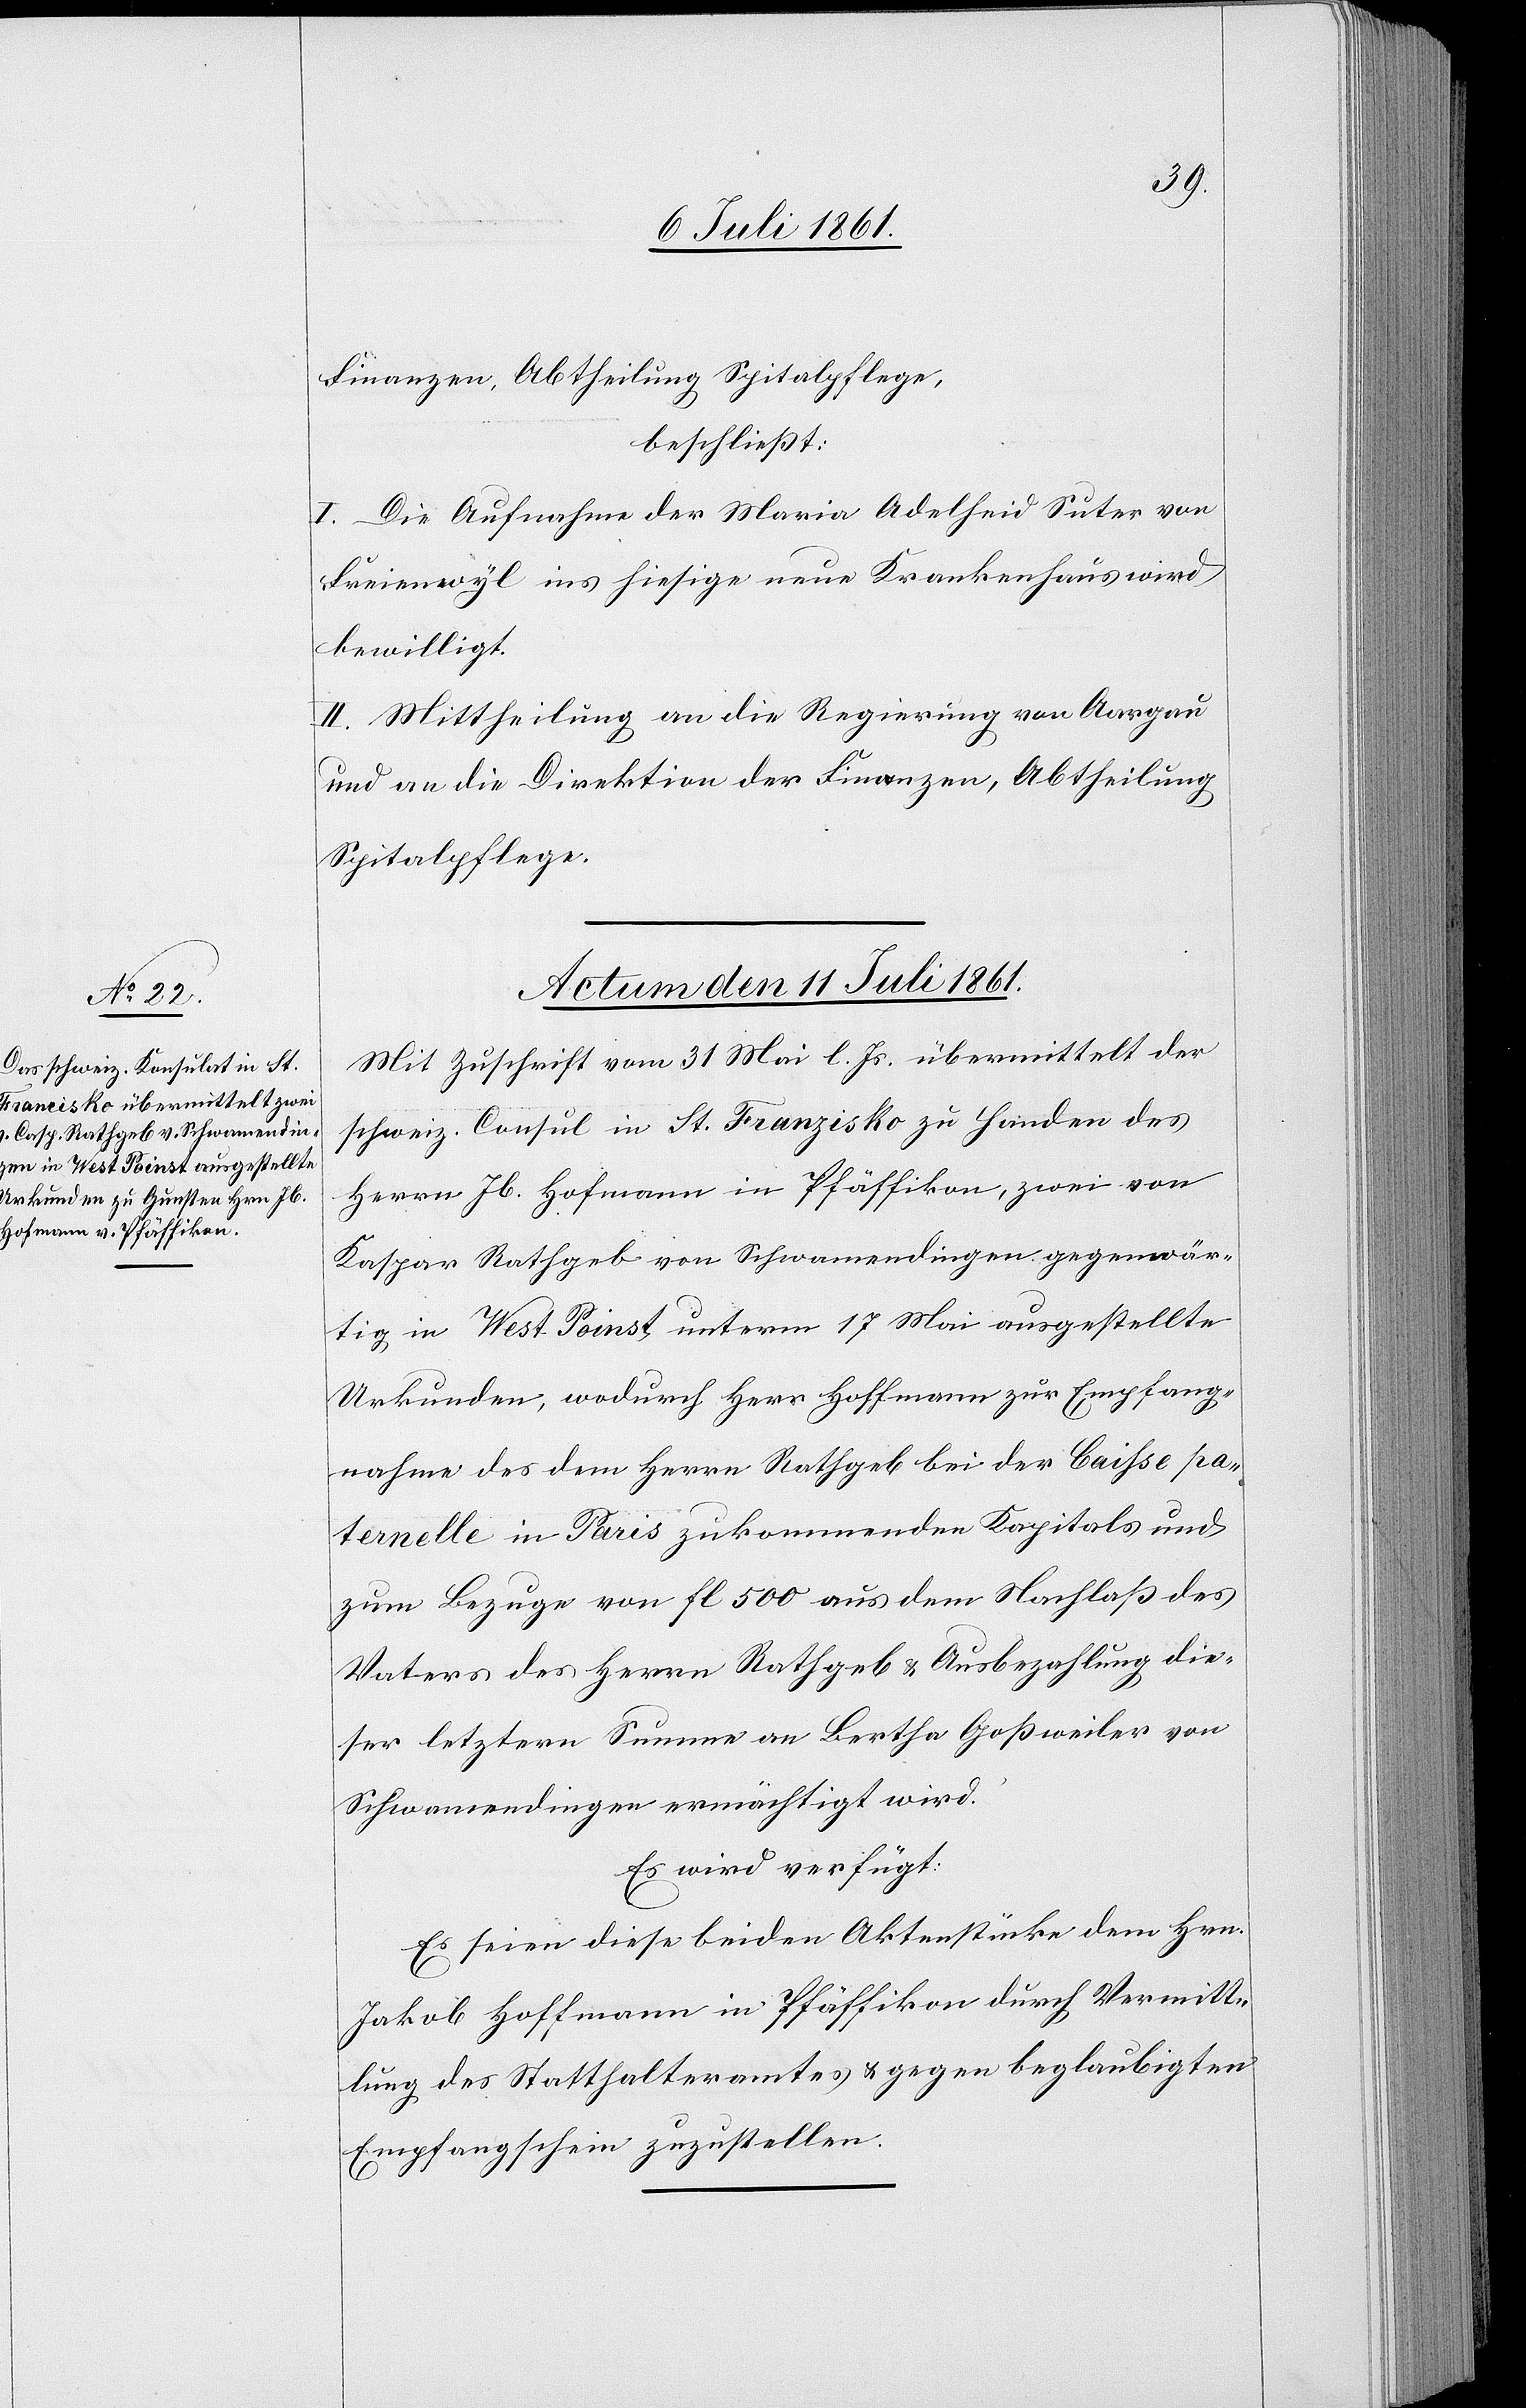
beschließt:
I. Die Aufnahme der Maria Adelheid Suter von
Freienwyl ins hiesige neue Krankenhaus wird
bewilligt.
II. Mittheilung an die Regierung von Aargau
und an die Direktion der Finanzen, Abtheilung
Spitalpflege.
Actum den 11 Juli 1861.
Mit Zuschrift vom 31 Mai l. Js. übermittelt der
schweiz. Consul in St. Franzisko zu Handen des
Herrn Jb. Hofmann in Pfäffikon, zwei von
Kaspar Rathgeb von Schwamendingen gegense¬
itig in West Poinst, unterm 17 Mai ausgestellte
Urkunden, wodurch Herr Hoffmann zur Empfang¬
nahme des dem Herrn Rathgeb bei der Baisse pa¬
ternelle in Pais zukommenden Kapitals und
zum Bezuge von fl. 500 aus dem Nachlaß des
Vaters des Herrn Rathgeb u. Ausbezahlung die¬
ser letztern Summe an Bertha Goßweiler von
Schwamendingen ermächtigt wird.
Es wird verfügt:
Es seien diese beiden Aktenstücke dem Hrn.
Jakob Hoffmann in Pfäffikon durch Vermitt¬
lung des Statthalteramtes u. gegen beglaubigten
Empfangsschein zuzustellen.